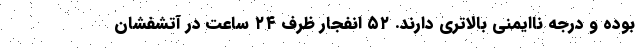
بوده و درجه ناایمنی بالاتری دارند. ۵۲ انفجار ظرف ۲۴ ساعت در آتشفشان